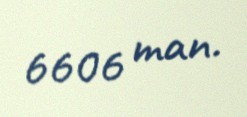
6606 man.